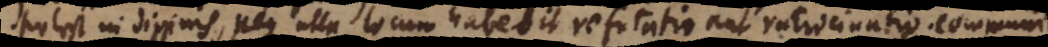
potest in divinis, neque ulla locum habebit refutatio aut ratiocinatio. Co